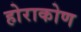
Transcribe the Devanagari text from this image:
होराकोण